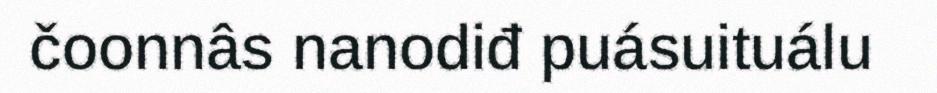
čoonnâs nanodiđ puásuituálu